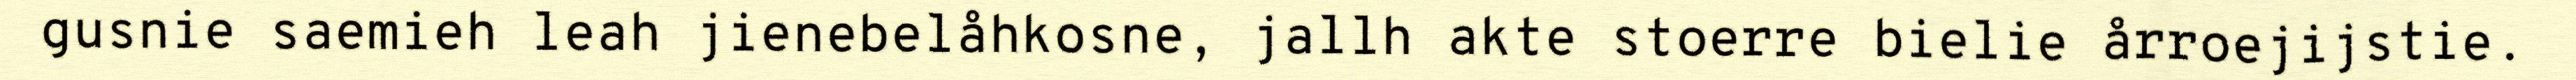
gusnie saemieh leah jienebelåhkosne, jallh akte stoerre bielie årroejijstie.